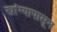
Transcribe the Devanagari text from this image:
खांग्यापासून